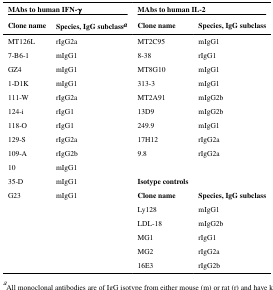
<table><thead><tr><td colspan="2"><b>MAbs to human IFN-γ</b></td><td colspan="2"><b>MAbs to human IL-2</b></td></tr><tr><td><b>Clone name</b></td><td><b>Species, IgG subclassa</b></td><td><b>Clone name</b></td><td><b>Species, IgG subclass</b></td></tr></thead><tbody><tr><td>MT126L</td><td>rIgG2a</td><td>MT2C95</td><td>mIgG1</td></tr><tr><td>7-B6-1</td><td>mIgG1</td><td>8-38</td><td>rIgG1</td></tr><tr><td>GZ4</td><td>mIgG1</td><td>MT8G10</td><td>mIgG1</td></tr><tr><td>1-D1K</td><td>mIgG1</td><td>313-3</td><td>mIgG1</td></tr><tr><td>111-W</td><td>rIgG2a</td><td>MT2A91</td><td>mIgG2b</td></tr><tr><td>124-i</td><td>rIgG1</td><td>13D9</td><td>mIgG2b</td></tr><tr><td>118-O</td><td>rIgG1</td><td>249.9</td><td>mIgG1</td></tr><tr><td>129-S</td><td>rIgG2a</td><td>17H12</td><td>rIgG2a</td></tr><tr><td>109-A</td><td>rIgG2b</td><td>9.8</td><td>rIgG2a</td></tr><tr><td>10</td><td>mIgG1</td><td></td><td></td></tr><tr><td>35-D</td><td>mIgG1</td><td><b>Isotype controls</b></td><td></td></tr><tr><td>G23</td><td>mIgG1</td><td><b>Clone name</b></td><td><b>Species, IgG subclass</b></td></tr><tr><td></td><td></td><td>Ly128</td><td>mIgG1</td></tr><tr><td></td><td></td><td>LDL-18</td><td>mIgG2b</td></tr><tr><td></td><td></td><td>MG1</td><td>rIgG1</td></tr><tr><td></td><td></td><td>MG2</td><td>rIgG2a</td></tr><tr><td></td><td></td><td>16E3</td><td>rIgG2b</td></tr></tbody></table>